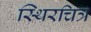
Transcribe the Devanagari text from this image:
स्थिरचित्र